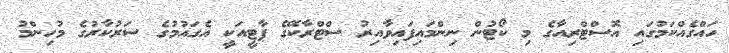
ހައްގެއްކަމުގައި އޮސްޓްރިއާގެ މި ކޯޓުން ނިންމައިފައިވާއިރު ސްޓްރާކޭގެ ޕާޓީއަކީ އެގައުމުގެ ސަރުކާރުގެ މުހިންމު